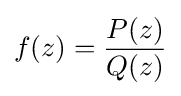
f(z)={\frac {P(z)}{Q(z)}}